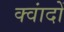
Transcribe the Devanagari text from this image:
क्वांदों